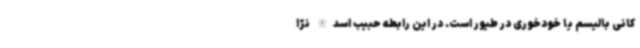
کانی بالیسم یا خودخوری در طیور است. در این رابطه حبیب اسدالله نژا